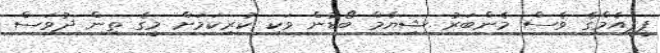
ޕީޕީއެމްގެ ވެސް މެންބަރު ޝިޔާމް ބޯޑުން ވަކި ކުރިކަމަށް މީގެ ތިން ދުވަސް